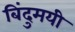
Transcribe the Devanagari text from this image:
बिंदुमयी